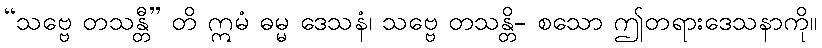
“သဗ္ဗေ တသန္တီ” တိ ဣမံ ဓမ္မ ဒေသနံ၊ သဗ္ဗေ တသန္တိ- စသော ဤတရားဒေသနာကို။